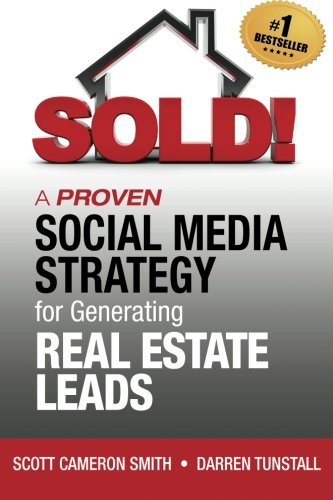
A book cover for SOLD! A Proven Social Media Strategy for Generating Real Estate Leads; Darren K Tunstall; Computers & Technology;